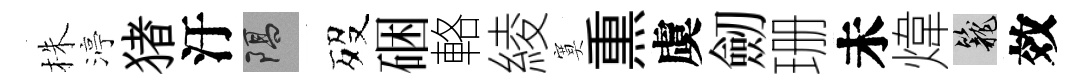
株渟猪汙隔歿硱輅綾寞𤋱虞劒珊未煒籠效